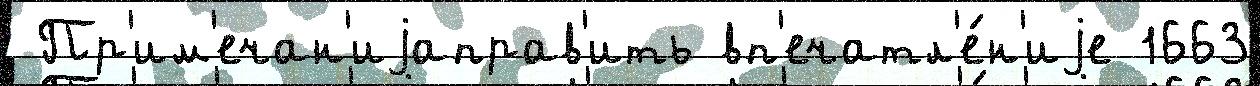
 Пр'им'ечан'иjаправ'ить вп'ечатл'е́н'иjе 1663